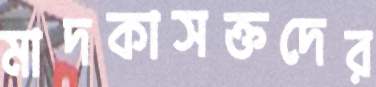
মাদকাসক্তদের